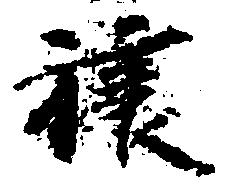
譲